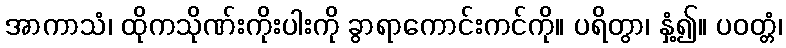
အာကာသံ၊ ထိုကသိုဏ်းကိုးပါးကို ခွာရာကောင်းကင်ကို။ ပရိတွာ၊ နှံ့၍။ ပဝတ္တံ၊